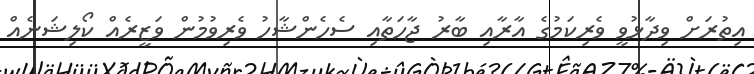
އިތުރަށް ވިދާޅުވީ ވެރިކަމުގެ އާރާއި ބާރު ޖާހަތާއި ސެހެންޝާހު ވެރިވުމުން ވަޒީރެއް ކޯލިޝަނެއް